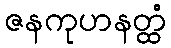
ဇနကုဟနတ္ထံ